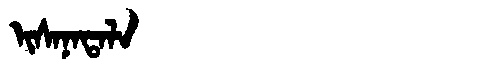
Manchu: ᡳᠰᠠᠨᠠᡨᠠᠯᠠ
Romanization: ISANATALA